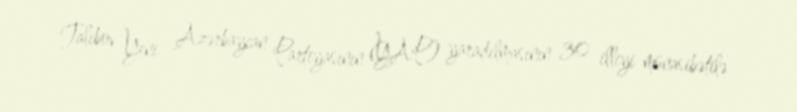
Talıbov Yeni Azərbaycan Partiyasının (YAP) yaradılmasının 30 illiyi münasibətilə